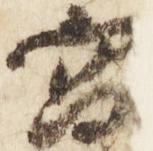
宮